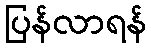
ပြန်လာရန်